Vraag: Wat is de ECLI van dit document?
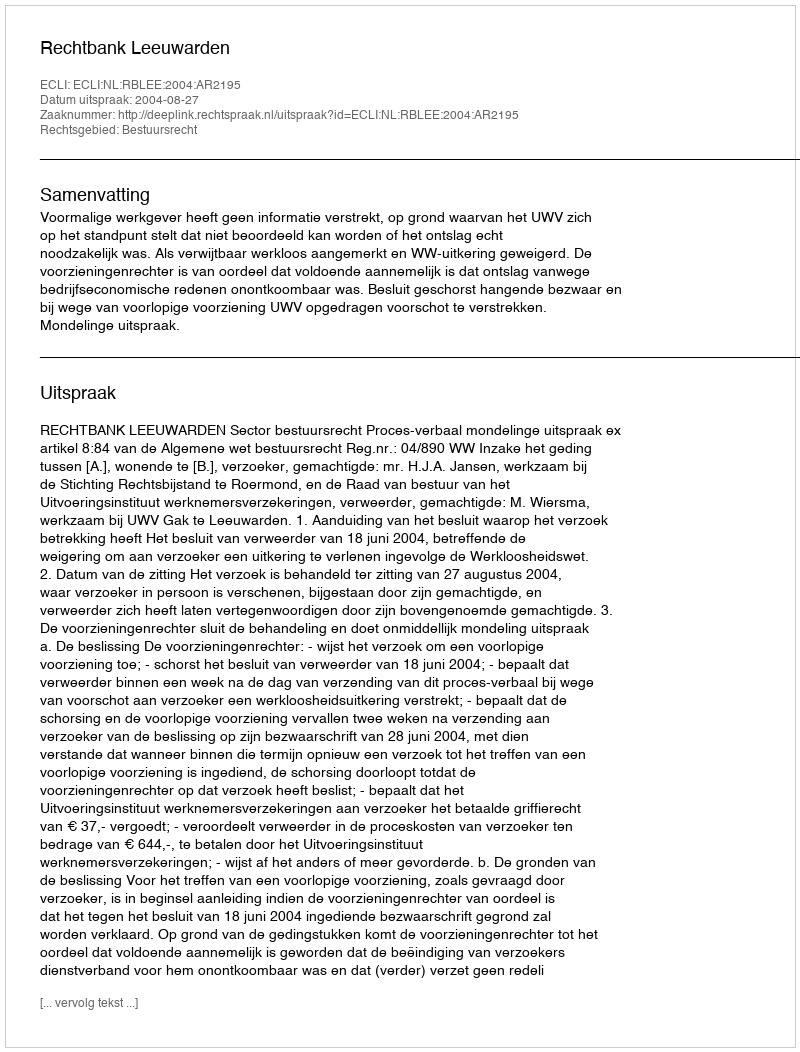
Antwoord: ECLI:NL:RBLEE:2004:AR2195